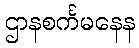
ဌာနစင်္ကမနေန